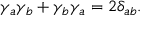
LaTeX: \gamma _ { a } \gamma _ { b } + \gamma _ { b } \gamma _ { a } = 2 \delta _ { a b } .